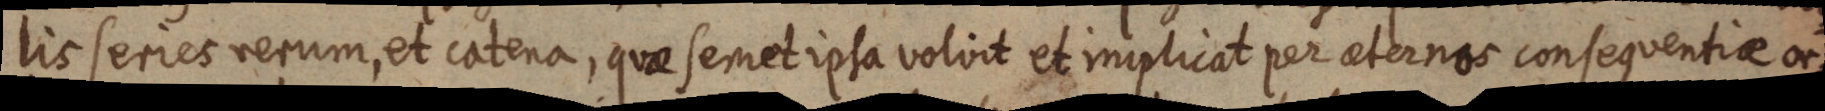
lis series rerum, et catena, quae semel ipsa volvit et implicat per eternas consequentiae or